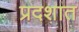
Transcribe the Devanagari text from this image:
प्रदशात